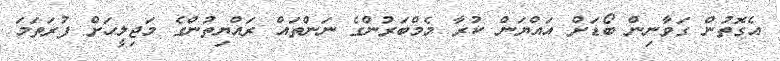
އެގޮތުން ގަވާނިން ބޯޑަށް އައްޔަން ކުރާ މެމްބަރުންގެ ނަންތައް ރައްޔިތުންގެ މަޖިލީހަށް ފުރަތަމަ